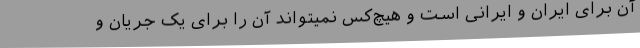
آن برای ایران و ایرانی است و هیچ‌کس نمیتواند آن را برای یک جریان و